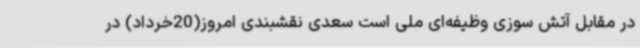
در مقابل آتش سوزی وظیفه‌ای ملی است سعدی نقشبندی امروز(20خرداد) در